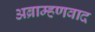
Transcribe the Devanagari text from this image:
अब्राम्हणवाद